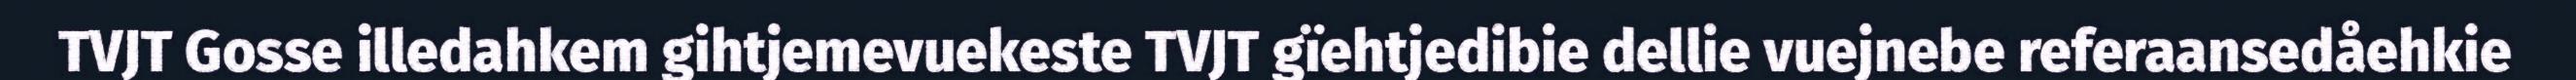
TVJT Gosse illedahkem gihtjemevuekeste TVJT gïehtjedibie dellie vuejnebe referaansedåehkie